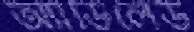
অ্যাডিলেড